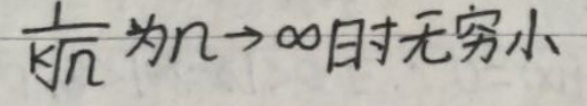
$\frac{1}{\sqrt{n}}$为$n \to \infty$时无穷小